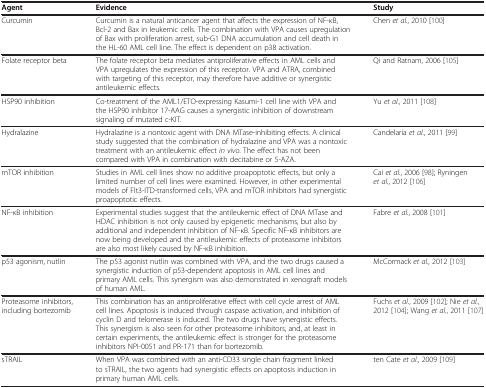
<table><thead><tr><td><b>Agent</b></td><td><b>Evidence</b></td><td><b>Study</b></td></tr></thead><tbody><tr><td>Curcumin</td><td>Curcumin is a natural anticancer agent that affects the expression of NF-κB, Bcl-2 and Bax in leukemic cells. The combination with VPA causes upregulation of Bax with proliferation arrest, sub-G1 DNA accumulation and cell death in the HL-60 AML cell line. The effect is dependent on p38 activation.</td><td>Chen <i>et al.</i>, 2010 [100]</td></tr><tr><td>Folate receptor beta</td><td>The folate receptor beta mediates antiproliferative effects in AML cells and VPA upregulates the expression of this receptor. VPA and ATRA, combined with targeting of this receptor, may therefore have additive or synergistic antileukemic effects.</td><td>Qi and Ratnam, 2006 [105]</td></tr><tr><td>HSP90 inhibition</td><td>Co-treatment of the AML1/ETO-expressing Kasumi-1 cell line with VPA and the HSP90 inhibitor 17-AAG causes a synergistic inhibition of downstream signaling of mutated c-KIT.</td><td>Yu <i>et al.</i>, 2011 [108]</td></tr><tr><td>Hydralazine</td><td>Hydralazine is a nontoxic agent with DNA MTase-inhibiting effects. A clinical study suggested that the combination of hydralazine and VPA was a nontoxic treatment with an antileukemic effect <i>in vivo</i>. The effect has not been compared with VPA in combination with decitabine or 5-AZA.</td><td>Candelaria <i>et al.</i>, 2011 [99]</td></tr><tr><td>mTOR inhibition</td><td>Studies in AML cell lines show no additive proapoptotic effects, but only a limited number of cell lines were examined. However, in other experimental models of Flt3-ITD-transformed cells, VPA and mTOR inhibitors had synergistic proapoptotic effects.</td><td>Cai <i>et al.</i>, 2006 [98]; Ryningen <i>et al.</i>, 2012 [106]</td></tr><tr><td>NF-κB inhibition</td><td>Experimental studies suggest that the antileukemic effect of DNA MTase and HDAC inhibition is not only caused by epigenetic mechanisms, but also by additional and independent inhibition of NF-κB. Specific NF-κB inhibitors are now being developed and the antileukemic effects of proteasome inhibitors are also most likely caused by NF-κB inhibition.</td><td>Fabre <i>et al.</i>, 2008 [101]</td></tr><tr><td>p53 agonism, nutlin</td><td>The p53 agonist nutlin was combined with VPA, and the two drugs caused a synergistic induction of p53-dependent apoptosis in AML cell lines and primary AML cells. This synergism was also demonstrated in xenograft models of human AML.</td><td>McCormack <i>et al.</i>, 2012 [103]</td></tr><tr><td>Proteasome inhibitors, including bortezomib</td><td>This combination has an antiproliferative effect with cell cycle arrest of AML cell lines. Apoptosis is induced through caspase activation, and inhibition of cyclin D and telomerase is induced. The two drugs have synergistic effects. This synergism is also seen for other proteasome inhibitors, and, at least in certain experiments, the antileukemic effect is stronger for the proteasome inhibitors NPI-0051 and PR-171 than for bortezomib.</td><td>Fuchs <i>et al.</i>, 2009 [102]; Nie <i>et al.</i>, 2012 [104]; Wang <i>et al.</i>, 2011 [107]</td></tr><tr><td>sTRAIL</td><td>When VPA was combined with an anti-CD33 single chain fragment linked to sTRAIL, the two agents had synergistic effects on apoptosis induction in primary human AML cells.</td><td>ten Cate <i>et al.</i>, 2009 [109]</td></tr></tbody></table>